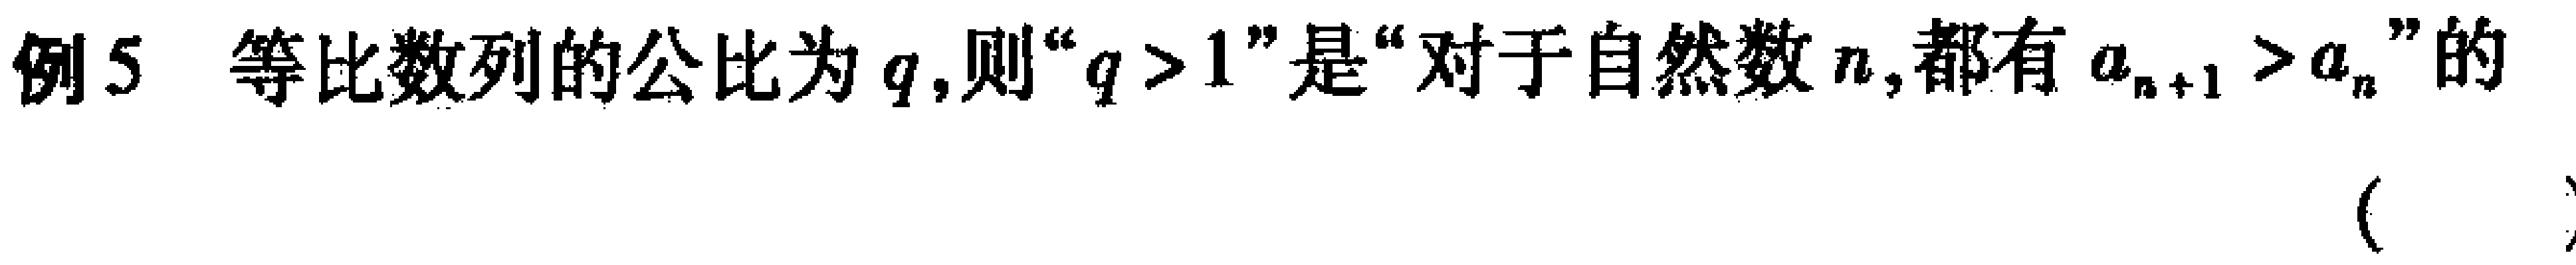
例5 等比数列的公比为\(q\)，则“\(q > 1\)”是“对于自然数\(n\)，都有\(a_{n + 1} > a_{n}\)”的  (  )